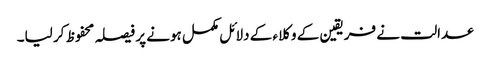
عدالت نے فریقین کے وکلاء کے دلائل مکمل ہونے پر فیصلہ محفوظ کر لیا۔